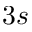
3 s